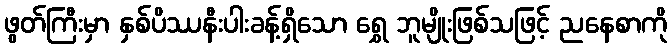
ဖွတ်ကြီးမှာ နှစ်ပိဿနီးပါးခန့်ရှိသော ရွှေ ဘူမျိုးဖြစ်သဖြင့် ညနေစာကို